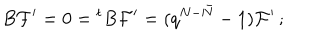
LaTeX: B { \cal F } ^ { \prime } = 0 = { ^ t B } { \cal F } ^ { \prime } = ( q ^ { N - \bar { N } } - 1 ) { \cal F } ^ { \prime } \, ;